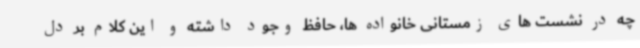
چه در نشست های زمستانی خانواده ها، حافظ وجود داشته و این کلام بر دل